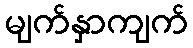
မျက်နှာကျက်